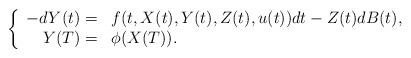
LaTeX: \begin{align*}\left\{\begin{array}[c]{rl}-dY(t)= & f(t,X(t),Y(t),Z(t),u(t))dt-Z(t)dB(t),\\Y(T)= & \phi(X(T)).\end{array}\right. \end{align*}